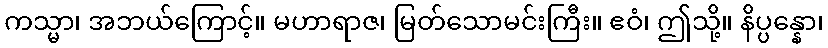
ကသ္မာ၊ အဘယ်ကြောင့်။ မဟာရာဇ၊ မြတ်သောမင်းကြီး။ ဧဝံ၊ ဤသို့။ နိပ္ပန္နော၊